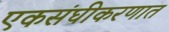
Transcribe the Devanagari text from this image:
एकसंघीकरणात